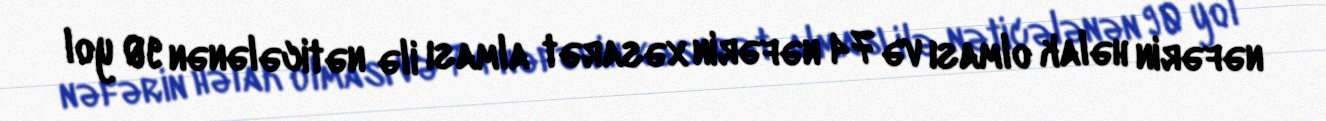
nəfərin həlak olması və 74 nəfərin xəsarət alması ilə nəticələnən 90 yol